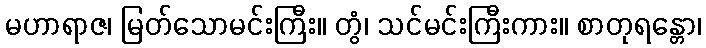
မဟာရာဇ၊ မြတ်သောမင်းကြီး။ တွံ၊ သင်မင်းကြီးကား။ စာတုရန္တော၊